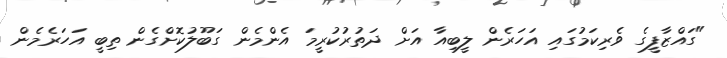
"ގައްޒާފީގެ ވެރިކަމުގައި އަހަރެން ލީބިއާ އަށް ދަތުރުކުރީމަ އެންމެން ގަބޫލުކޮށްގެން ތިބީ އަހަރެމެން